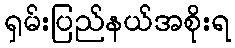
ရှမ်းပြည်နယ်အစိုးရ